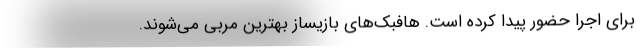
برای اجرا حضور پیدا کرده است. هافبک‌های بازیساز بهترین مربی می‌شوند.